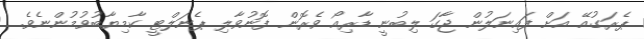
ޕެރަގުއޭ އަށް ފައިނަލުން ޖާގަ ލިބުނީ ޑާރިއޯ ވެރޮން ފޮނުވާލި ޕެނަލްޓީ ކާމިޔާބުވުމުންނެވެ.